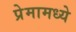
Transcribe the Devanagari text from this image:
प्रेमामध्ये